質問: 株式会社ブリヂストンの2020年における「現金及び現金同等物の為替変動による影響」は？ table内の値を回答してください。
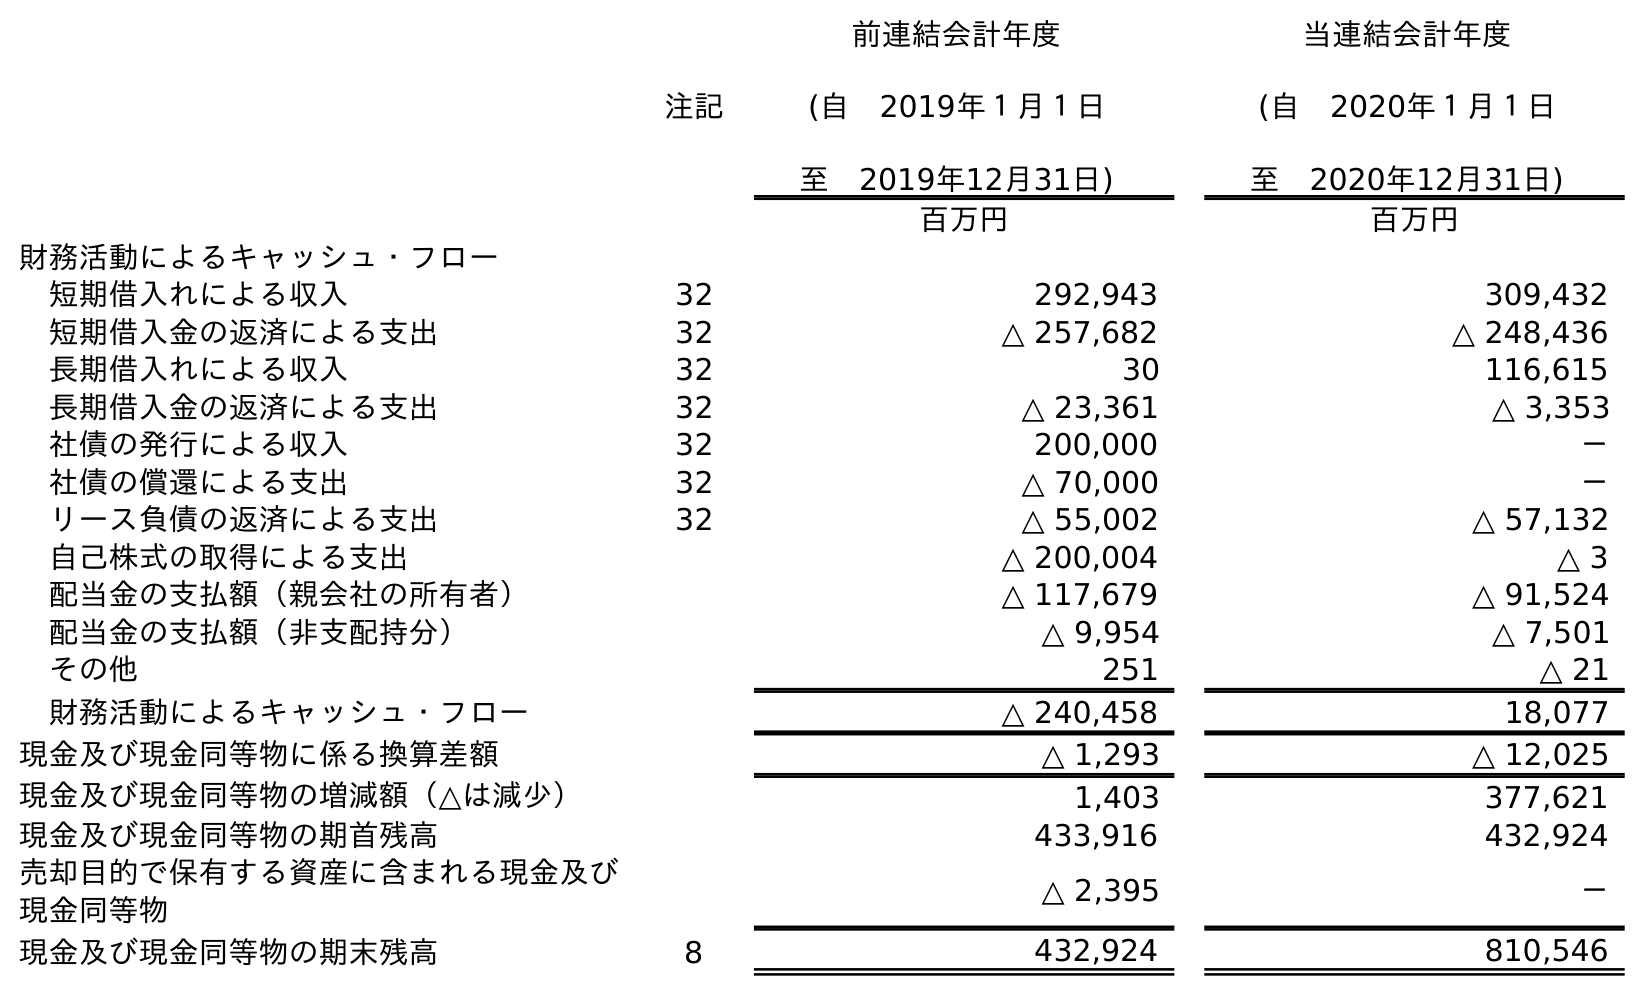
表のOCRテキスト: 注記 前連結会計年度 (自 2019年１月１日 至 2019年12月31日) 当連結会計年度 (自 2020年１月１日 至 2020年12月31日) 百万円 百万円 財務活動によるキャッシュ・フロー 短期借入れによる収入 32 292,943 309,432 短期借入金の返済による支出 32 △ 257,682 △ 248,436 長期借入れによる収入 32 30 116,615 長期借入金の返済による支出 32 △ 23,361 △ 3,353 社債の発行による収入 32 200,000 － 社債の償還による支出 32 △ 70,000 － リース負債の返済による支出 32 △ 55,002 △ 57,132 自己株式の取得による支出 △ 200,004 △ 3 配当金の支払額（親会社の所有者） △ 117,679 △ 91,524 配当金の支払額（非支配持分） △ 9,954 △ 7,501 その他 251 △ 21 財務活動によるキャッシュ・フロー △ 240,458 18,077 現金及び現金同等物に係る換算差額 △ 1,293 △ 12,025 現金及び現金同等物の増減額（△は減少） 1,403 377,621 現金及び現金同等物の期首残高 433,916 432,924 売却目的で保有する資産に含まれる現金及び 現金同等物 △ 2,395 － 現金及び現金同等物の期末残高 8 432,924 810,546
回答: △12,025